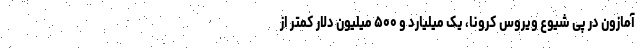
آمازون در پی شیوع ویروس کرونا، یک میلیارد و ۵۰۰ میلیون دلار کمتر از